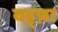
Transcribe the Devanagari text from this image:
वह्य़ा